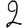
Digit: 2